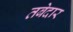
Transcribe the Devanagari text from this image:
तबेदार